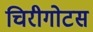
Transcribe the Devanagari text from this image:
चिरीगोटस